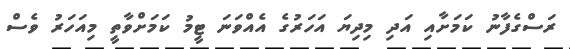
ރަސްގެފާނު ކަމަށާއި އަދި މިދިޔަ އަހަރުގެ އެއްވަނަ ޓީމު ކަމަށްވާތީ މިއަހަރު ވެސް